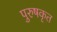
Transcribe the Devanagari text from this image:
पुरुषकृत